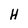
Character: H